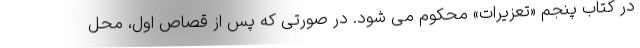
در کتاب پنجم «تعزیرات» محکوم می شود. در صورتی که پس از قصاص اول، محل